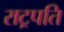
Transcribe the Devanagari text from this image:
राट्रपति